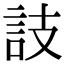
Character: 䚳